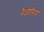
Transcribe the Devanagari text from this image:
नैजीरिया